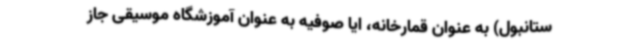
ستانبول) به عنوان قمارخانه، ایا صوفیه به عنوان آموزشگاه موسیقی جاز